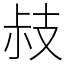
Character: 𢻃